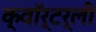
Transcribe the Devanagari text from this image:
क्वॉर्टर्ली